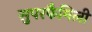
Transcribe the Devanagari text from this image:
सुपरफैमिली